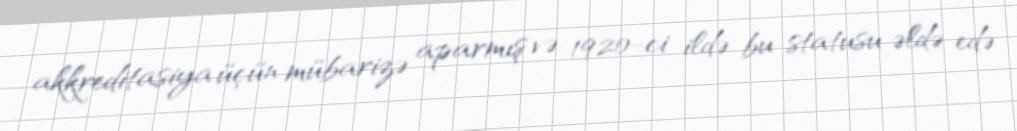
akkreditasiya üçün mübarizə aparmış və 1920-ci ildə bu statusu əldə edə